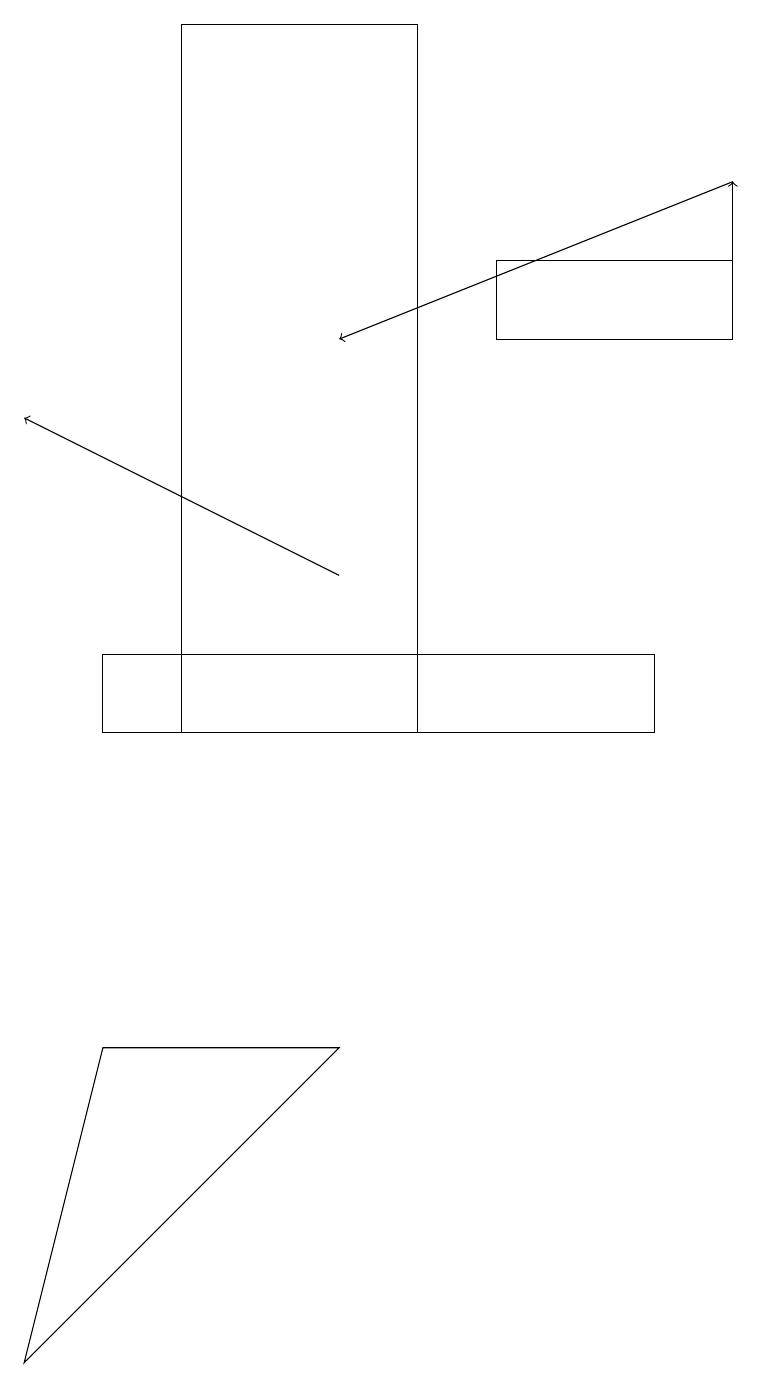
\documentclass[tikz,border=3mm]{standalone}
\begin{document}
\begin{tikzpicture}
\draw[->] (9,15) -- (9,17);
\draw (1,10) rectangle (8,11);
\draw (2,19) rectangle (5,10);
\draw[->] (4,12) -- (0,14);
\draw[->] (9,17) -- (4,15);
\draw (1,6) -- (4,6) -- (0,2) -- cycle;
\draw (9,16) rectangle (6,15);
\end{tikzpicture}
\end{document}